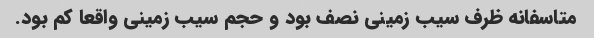
متاسفانه ظرف سیب زمینی نصف بود و حجم سیب زمینی واقعا کم بود.